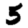
Digit: 5